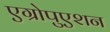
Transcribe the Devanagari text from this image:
एग्रोपुएशन